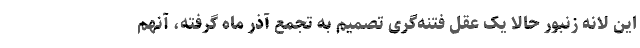
این لانه زنبور حالا یک عقل فتنه‌گری تصمیم به تجمع آذر ماه گرفته، آنهم